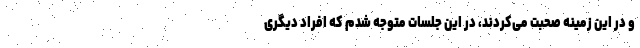
و در این زمینه صحبت می‌کردند، در این جلسات متوجه شدم که افراد دیگری